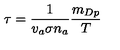
\tau = \frac { 1 } { v _ { a } \sigma n _ { a } } \frac { m _ { D p } } { T }